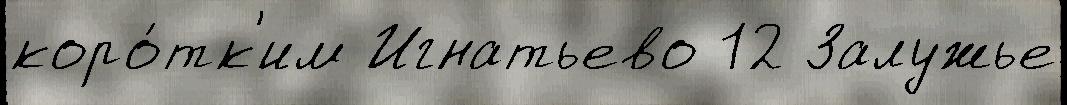
коро́тк'им Игнатьево 12 Залужье